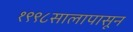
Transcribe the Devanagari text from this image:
१९९८सालापासून